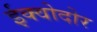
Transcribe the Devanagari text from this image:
ईक्वोदोर